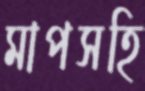
মাপসহি